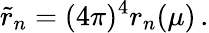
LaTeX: \tilde{r}_{n}=(4\pi)^{4}r_{n}(\mu)\, .